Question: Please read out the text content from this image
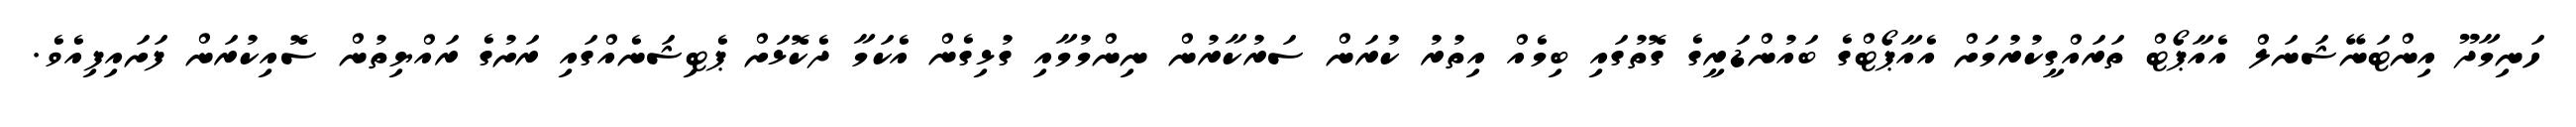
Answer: ހަނިމާދޫ އިންޓަނޭޝަނަލް އެއާޕޯޓް ތަރައްގީކުރުމަށް އެއާޕޯޓްގެ ބައުންޑަރީގެ ގޮތުގައި ބިމެއް އިތުރު ކުރަން ސަރުކާރުން ނިންމުމާއި ގުޅިގެން އެކަމާ ދެކޮޅަށް ޕެޓިޝަނެއްގައި ރަށުގެ ރައްޔިތުން ސޮއިކުރަން ފަށައިފިއެވެ.